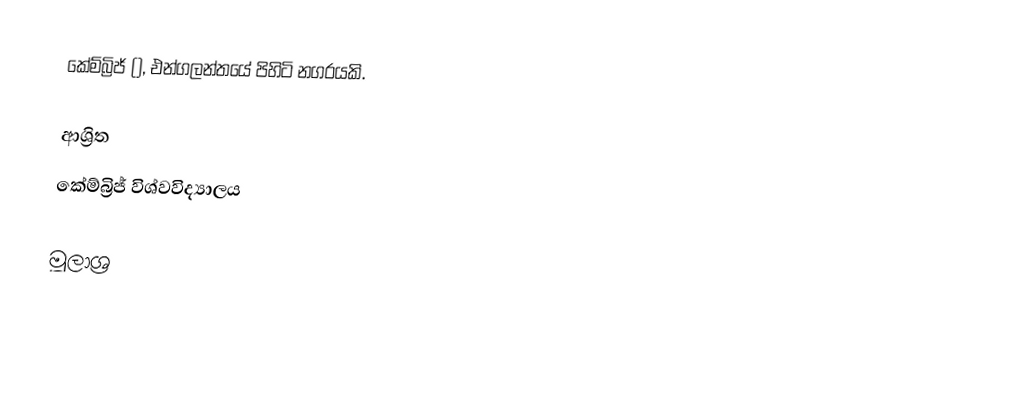
කේම්බ්‍රිජ් (), එන්ගලන්තයේ පිහිටි නගරයකි.

ආශ්‍රිත
 කේම්බ්‍රිජ් විශ්වවිද්‍යාලය

මූලාශ්‍ර